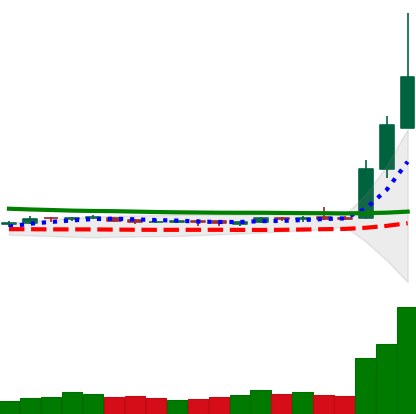
Ticker: DOGE-USD
Chart end date: 2019-04-03
Forward return: -3.761%
Label: down_3_5